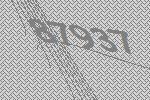
87937